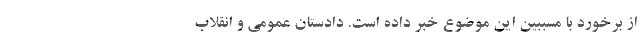
از برخورد با مسببین این موضوع خبر داده است. دادستان عمومی و انقلاب